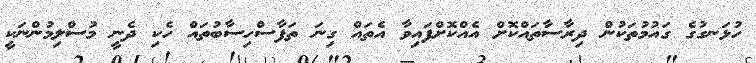
ހުޅަނގުގެ ގައުމުތަކުން ދިރާސާތައްކޮށް އެއްކޮށްފައިވާ އެތައް ގިނަ ތަފާސްހިސާބުތައް ހެކި ދެނީ މުސްލިމުންނަކީ